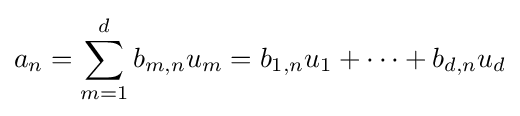
a_{n}=\sum _{m=1}^{d}b_{m,n}u_{m}=b_{1,n}u_{1}+\cdots +b_{d,n}u_{d}